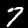
Label: 7